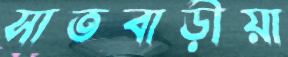
সাতবাড়ীয়া